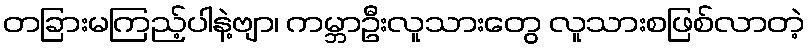
တခြားမကြည့်ပါနဲ့ဗျာ၊ ကမ္ဘာဦးလူသားတွေ လူသားစဖြစ်လာတဲ့